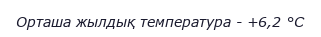
Орташа жылдық температура - +6,2 °C